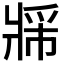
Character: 𬌈